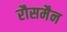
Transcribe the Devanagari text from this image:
रौसमैन